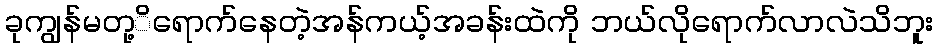
ခုကျွန်မတု့ိရောက်နေတဲ့အန်ကယ့်အခန်းထဲကို ဘယ်လိုရောက်လာလဲသိဘူး